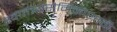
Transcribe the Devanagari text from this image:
स्वातंत्र्यसैनिकांसाठी